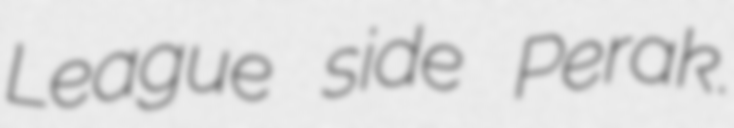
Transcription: League side Perak.